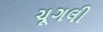
ચૂગલી